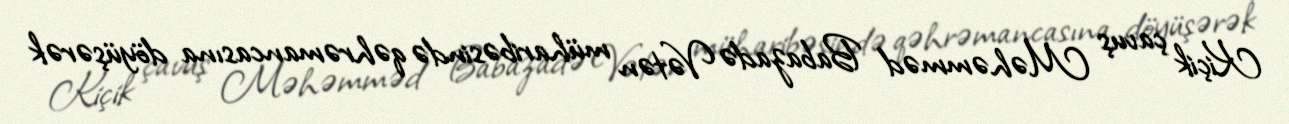
Kiçik çavuş Məhəmməd Babazadə Vətən müharibəsində qəhrəmancasına döyüşərək